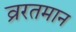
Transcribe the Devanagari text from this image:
व्ररतमान